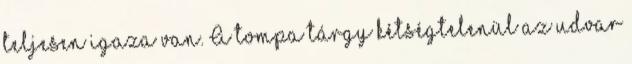
teljesen igaza van. A tompa tárgy kétségtelenül az udvar